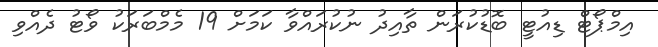
އިމްޕޯޓް ޑިއުޓީ ބޮޑުކުރަން ތާއިދު ނުކުރައްވާ ކަމަށް 19 މެމްބަރަކު ވޯޓު ދެއްވި